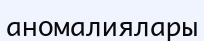
аномалиялары